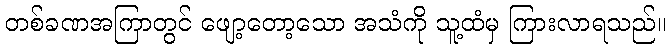
တစ်ခဏအကြာတွင် ဖျော့တော့သော အသံကို သူ့ထံမှ ကြားလာရသည်။